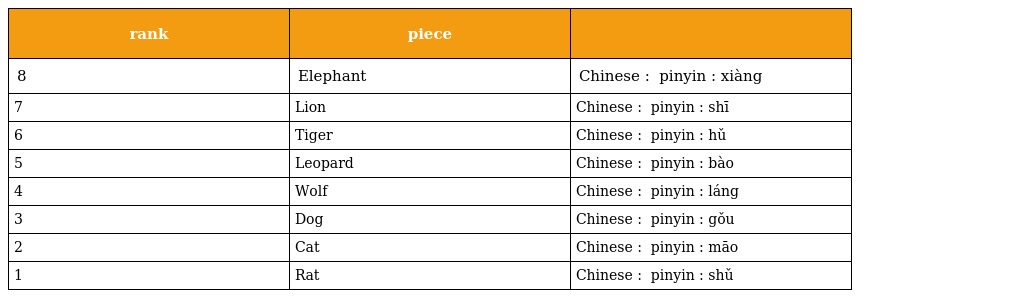
| rank | piece |  |
 | --- | --- | --- |
 | 8 | Elephant | Chinese : 象 pinyin : xiàng |
 | 7 | Lion | Chinese : 獅 pinyin : shī |
 | 6 | Tiger | Chinese : 虎 pinyin : hǔ |
 | 5 | Leopard | Chinese : 豹 pinyin : bào |
 | 4 | Wolf | Chinese : 狼 pinyin : láng |
 | 3 | Dog | Chinese : 狗 pinyin : gǒu |
 | 2 | Cat | Chinese : 貓 pinyin : māo |
 | 1 | Rat | Chinese : 鼠 pinyin : shǔ |